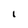
Character: I